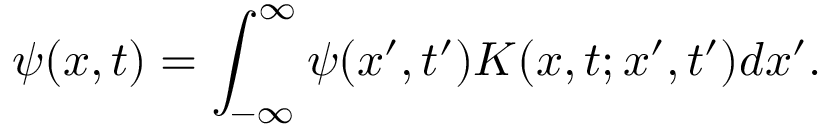
\psi ( x , t ) = \int _ { - \infty } ^ { \infty } \psi ( x ^ { \prime } , t ^ { \prime } ) K ( x , t ; x ^ { \prime } , t ^ { \prime } ) d x ^ { \prime } .